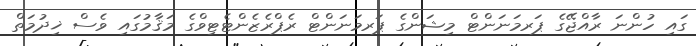
ގައި ހުންނަ ރާއްޖޭގެ ޕަރމަނަންޓް މިޝަންގެ ޕަރމަނަންޓް ރެޕްރެޒެންޓެޓިވްގެ މަޤާމުގައި ވެސް ޚިދުމަތް